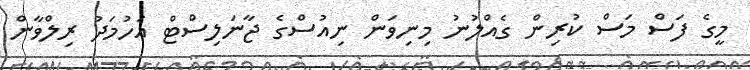
މީގެ ފަސް މަސް ކުރިން ގެއްލުނު މިނިވަން ނިއުސްގެ ޖާނަލިސްޓް އަހުމަދު ރިލްވާން